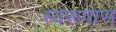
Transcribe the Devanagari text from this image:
स्वरूपास